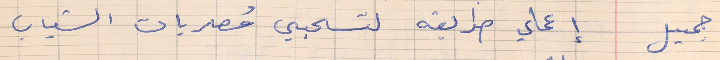
جميل    إعملي طريقه لتسحبي مُصريات الشباب